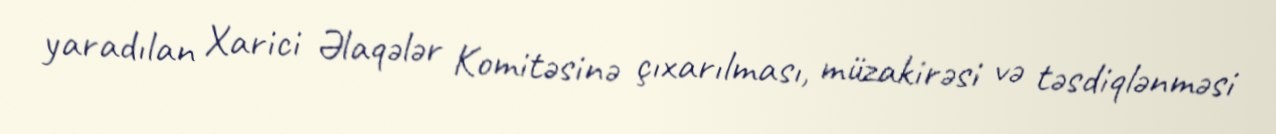
yaradılan Xarici Əlaqələr Komitəsinə çıxarılması, müzakirəsi və təsdiqlənməsi